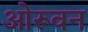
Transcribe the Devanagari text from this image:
ओरूवन